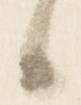
候